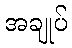
အချုပ်